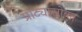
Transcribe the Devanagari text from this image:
प्राट्यासोबत